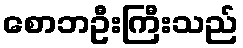
စောဘဦးကြီးသည်